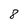
Character: 8